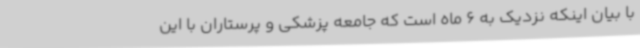
با بیان اینکه نزدیک به 6 ماه است که جامعه پزشکی و پرستاران با این